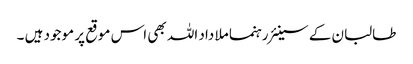
طالبان کے سینئر رہنما ملا داد اللہ بھی اس موقع پر موجود ہیں ۔